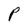
Character: P